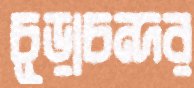
চূড়াচন্দর